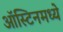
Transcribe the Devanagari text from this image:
ऑस्टिनमध्ये